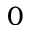
0